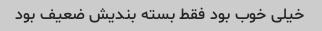
خیلی خوب بود فقط بسته بندیش ضعیف بود